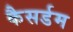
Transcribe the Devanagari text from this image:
कैसर्डम